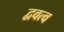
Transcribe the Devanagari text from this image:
द्ववत्व